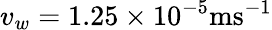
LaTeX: v_{w}=1.25\times 10^{-5}\mathrm{ms^{-1}}